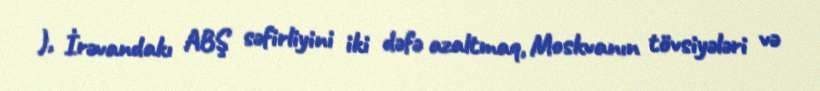
), İrəvandakı ABŞ səfirliyini iki dəfə azaltmaq, Moskvanın tövsiyələri və